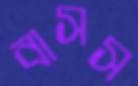
বাসস